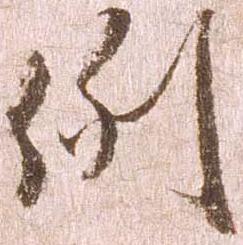
例